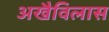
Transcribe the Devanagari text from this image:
अखैविलास